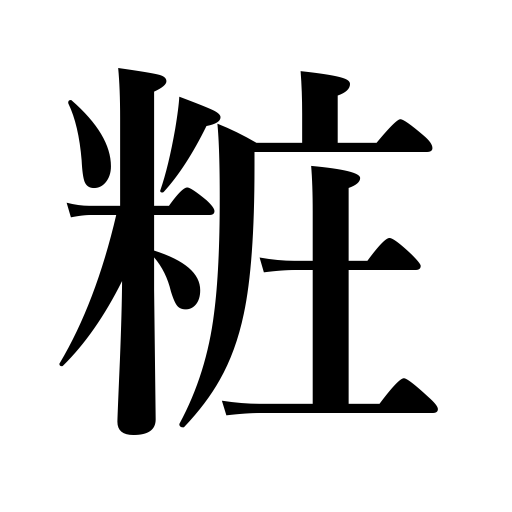
Meanings: adorn one's person